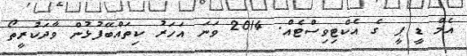
އެމް ޑީ ޕީ ގެ އެކްޓިވިސްޓެއް. 2014 ވަނަ އަހަރު ކިތައްބޭފުޅުން ވާދަކުރީތޯ